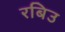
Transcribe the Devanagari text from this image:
रबिउ